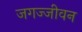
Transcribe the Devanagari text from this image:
जगज्जीवन